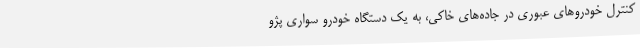
کنترل خودروهای عبوری در جاده‌های خاکی، به یک دستگاه خودرو سواری پژو